Lunatic asylums Punjab 1911-1921 - 1911-1921
Year: 1911
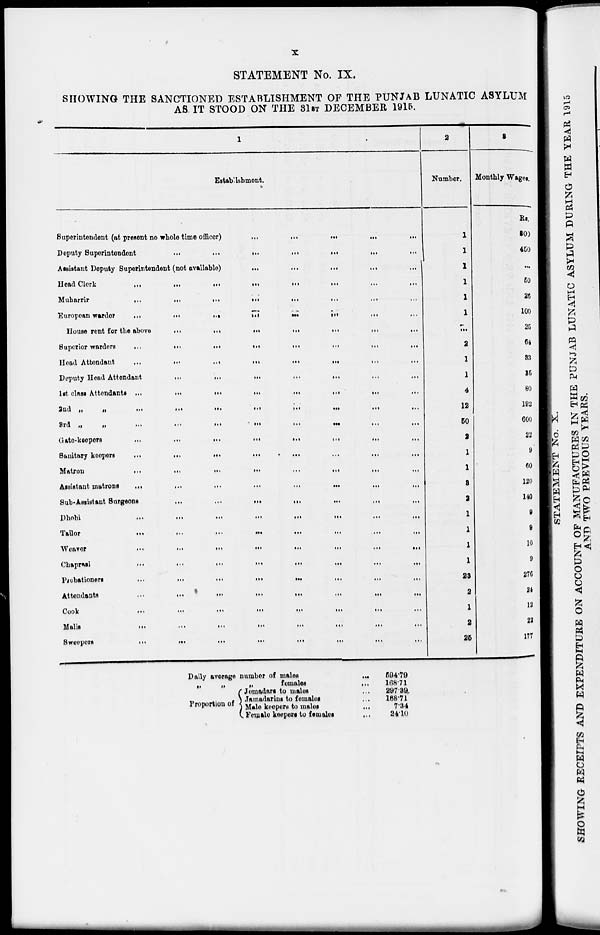
x
STATEMENT No. IX.
SHOWING THE SANCTIONED ESTABLISHMENT OF THE PUNJAB LUNATIC ASYLUM
AS, IT STOOD ON THE 31 ST DECEMBER 1915.
1
Establishment.
Superintendent (at present no whole time officer) ... ... ... ... ...
Deputy Superintendent
...
...
...
...
...
...
Assistant Deputy Superintendent (not available) ... ... ... ... ...
Head Clerk
...
...
...
...
...
...
Muharrir
...
...
...
...
...
...
European warder
...
...
...
...
...
...
House rent for the above ... ... ... ... ... ...
Superior warders
...
...
...
...
...
...
Head Attendant
...
...
...
...
...
...
Deputy Head Attendant ... ... ... ... ... ...
1st class Attendants
...
...
...
...
...
...
2nd „ „ ... ... ... ... ... ...
8rd „ „ ... ... ... ... ... ...
Gate-keepers ... ... ... ... ... ...
Sanitary keepers ... ... ... ... ... ...
Matron
...
...
...
...
...
...
Assistant matrons ... ... ... ... ... ...
Sub-Assistant Surgeons ... ... ... ... ... ...
Dhobi ... ... ... ... ... ...
Tailor ... ... ... ... ... ...
Weaver ... ... ... ... ... ...
Chaprasi ... ... ... ... ... ...
Probationers ... ... ... ... ... ...
Attendants ... ... ... ... ... ...
Cook ... ... ... ... ... ...
Malis
...
...
...
...
...
...
Sweepers
...
...
...
...
...
...
Daily average number of males
„
„
„
females
Proportion of
Jemadars to males
Jamadarins to females
Male keepers to males
Female keepers to females
594.79
168.71
297.39
168.71
7.34
24.10
2
Number.
1
1
1
1
1
1
...
2
1
1
4
12
50
2
1
1
3
2
1
1
1
1
23
2
1
2
25
3
Monthly Wages.
Rs.
800
450
...
50
26
100
25
64
33
25
80
192
600
22
9
60
120
140
9
9
10
9
276
24
12
22
177